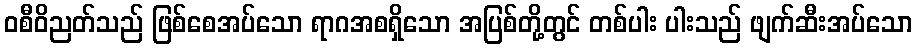
ဝစီဝိညတ်သည် ဖြစ်စေအပ်သော ရာဂအစရှိသော အပြစ်တို့တွင် တစ်ပါး ပါးသည် ဖျက်ဆီးအပ်သော